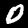
Label: 0